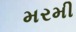
મરમી